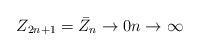
LaTeX: \begin{align*}Z_{2n+1}=\bar{Z}_n \to 0 n\to \infty\end{align*}